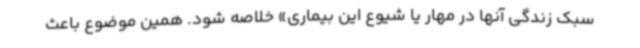
سبک زندگی آنها در مهار یا شیوع این بیماری» خلاصه شود. همین موضوع باعث